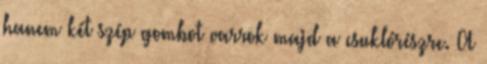
hanem két szép gombot varrok majd a csuklórészre. A